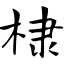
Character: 棣